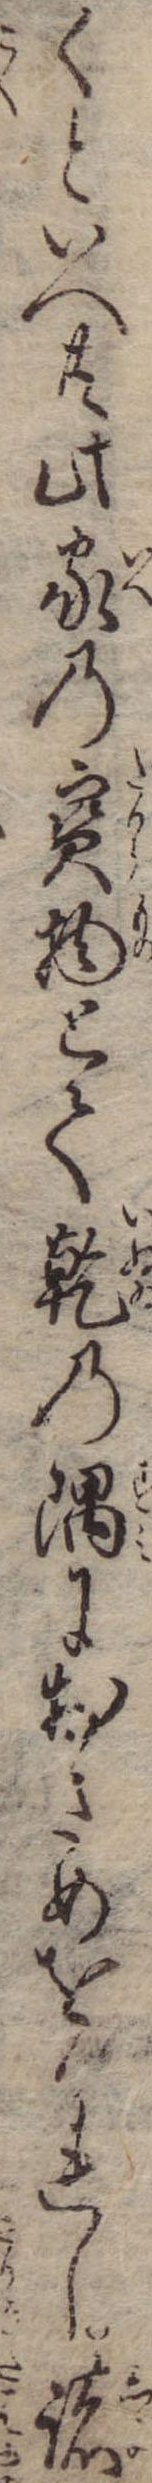
くといへ共此家の宝物とて乾の隅におさめをかれし諸